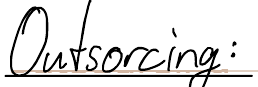
Outsorcing: